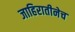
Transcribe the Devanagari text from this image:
जाहिरातीनेच